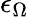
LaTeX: \epsilon_{\Omega}